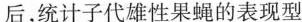
后，统计子代雄性果蝇的表现型